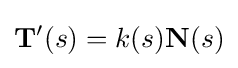
\mathbf {T} '(s)=k(s)\mathbf {N} (s)